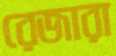
রেজারা